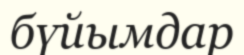
бүйымдар